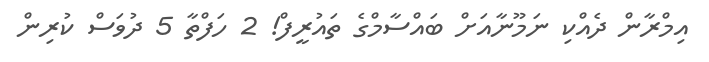
އިމްރާން ދެއްކި ނަމޫނާއަށް ބައްސާމްގެ ތައުރީފް! 2 ހަފްތާ 5 ދުވަސް ކުރިން